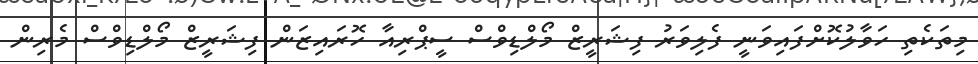
މިތަކެތި ހަވާލުކޮށްފައިވަނީ ފެލިވަރު ފިޝަރީޒް މޯލްޑިވްސް ސީޕްރިއާ ހޮރައިޒަން ފިޝަރީޒް މޯލްޑިވްސް މެރިން